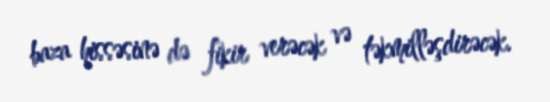
baza hissəsinə də fikir verəcək və təkmilləşdirəcək.